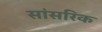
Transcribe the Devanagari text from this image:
सांसरिक